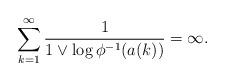
LaTeX: \begin{align*}\sum_{k=1}^\infty \frac{1}{1 \vee \log\phi^{-1}(a(k))}=\infty.\end{align*}